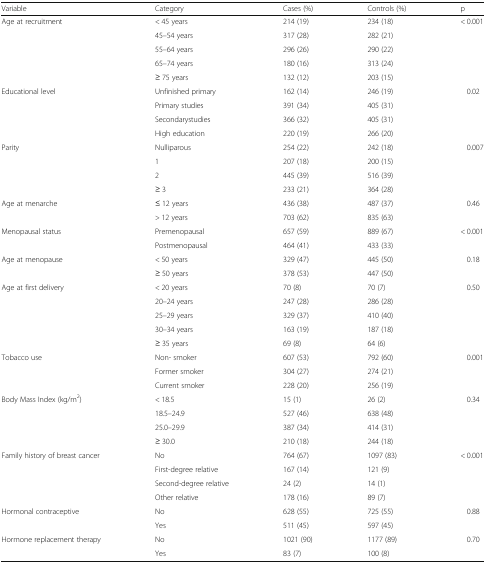
<table><thead><tr><td><b>Variable</b></td><td><b>Category</b></td><td><b>Cases (%)</b></td><td><b>Controls (%)</b></td><td><b>p</b></td></tr></thead><tbody><tr><td rowspan="5">Age at recruitment</td><td>&lt; 45 years</td><td>214 (19)</td><td>234 (18)</td><td>&lt; 0.001</td></tr><tr><td>45–54 years</td><td>317 (28)</td><td>282 (21)</td><td></td></tr><tr><td>55–64 years</td><td>296 (26)</td><td>290 (22)</td><td></td></tr><tr><td>65–74 years</td><td>180 (16)</td><td>313 (24)</td><td></td></tr><tr><td>≥ 75 years</td><td>132 (12)</td><td>203 (15)</td><td></td></tr><tr><td rowspan="4">Educational level</td><td>Unfinished primary</td><td>162 (14)</td><td>246 (19)</td><td>0.02</td></tr><tr><td>Primary studies</td><td>391 (34)</td><td>405 (31)</td><td></td></tr><tr><td>Secondarystudies</td><td>366 (32)</td><td>405 (31)</td><td></td></tr><tr><td>High education</td><td>220 (19)</td><td>266 (20)</td><td></td></tr><tr><td rowspan="4">Parity</td><td>Nulliparous</td><td>254 (22)</td><td>242 (18)</td><td>0.007</td></tr><tr><td>1</td><td>207 (18)</td><td>200 (15)</td><td></td></tr><tr><td>2</td><td>445 (39)</td><td>516 (39)</td><td></td></tr><tr><td>≥ 3</td><td>233 (21)</td><td>364 (28)</td><td></td></tr><tr><td rowspan="2">Age at menarche</td><td>≤ 12 years</td><td>436 (38)</td><td>487 (37)</td><td>0.46</td></tr><tr><td>&gt; 12 years</td><td>703 (62)</td><td>835 (63)</td><td></td></tr><tr><td rowspan="2">Menopausal status</td><td>Premenopausal</td><td>657 (59)</td><td>889 (67)</td><td>&lt; 0.001</td></tr><tr><td>Postmenopausal</td><td>464 (41)</td><td>433 (33)</td><td></td></tr><tr><td rowspan="2">Age at menopause</td><td>&lt; 50 years</td><td>329 (47)</td><td>445 (50)</td><td>0.18</td></tr><tr><td>≥ 50 years</td><td>378 (53)</td><td>447 (50)</td><td></td></tr><tr><td rowspan="5">Age at first delivery</td><td>&lt; 20 years</td><td>70 (8)</td><td>70 (7)</td><td>0.50</td></tr><tr><td>20–24 years</td><td>247 (28)</td><td>286 (28)</td><td></td></tr><tr><td>25–29 years</td><td>329 (37)</td><td>410 (40)</td><td></td></tr><tr><td>30–34 years</td><td>163 (19)</td><td>187 (18)</td><td></td></tr><tr><td>≥ 35 years</td><td>69 (8)</td><td>64 (6)</td><td></td></tr><tr><td rowspan="3">Tobacco use</td><td>Non- smoker</td><td>607 (53)</td><td>792 (60)</td><td>0.001</td></tr><tr><td>Former smoker</td><td>304 (27)</td><td>274 (21)</td><td></td></tr><tr><td>Current smoker</td><td>228 (20)</td><td>256 (19)</td><td></td></tr><tr><td rowspan="4">Body Mass Index (kg/m<sup>2</sup>)</td><td>&lt; 18.5</td><td>15 (1)</td><td>26 (2)</td><td>0.34</td></tr><tr><td>18.5–24.9</td><td>527 (46)</td><td>638 (48)</td><td></td></tr><tr><td>25.0–29.9</td><td>387 (34)</td><td>414 (31)</td><td></td></tr><tr><td>≥ 30.0</td><td>210 (18)</td><td>244 (18)</td><td></td></tr><tr><td rowspan="4">Family history of breast cancer</td><td>No</td><td>764 (67)</td><td>1097 (83)</td><td>&lt; 0.001</td></tr><tr><td>First-degree relative</td><td>167 (14)</td><td>121 (9)</td><td></td></tr><tr><td>Second-degree relative</td><td>24 (2)</td><td>14 (1)</td><td></td></tr><tr><td>Other relative</td><td>178 (16)</td><td>89 (7)</td><td></td></tr><tr><td rowspan="2">Hormonal contraceptive</td><td>No</td><td>628 (55)</td><td>725 (55)</td><td>0.88</td></tr><tr><td>Yes</td><td>511 (45)</td><td>597 (45)</td><td></td></tr><tr><td rowspan="2">Hormone replacement therapy</td><td>No</td><td>1021 (90)</td><td>1177 (89)</td><td>0.70</td></tr><tr><td>Yes</td><td>83 (7)</td><td>100 (8)</td><td></td></tr></tbody></table>